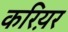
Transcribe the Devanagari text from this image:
करिय़र